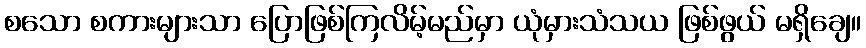
စသော စကားများသာ ပြောဖြစ်ကြလိမ့်မည်မှာ ယုံမှားသံသယ ဖြစ်ဖွယ် မရှိချေ။